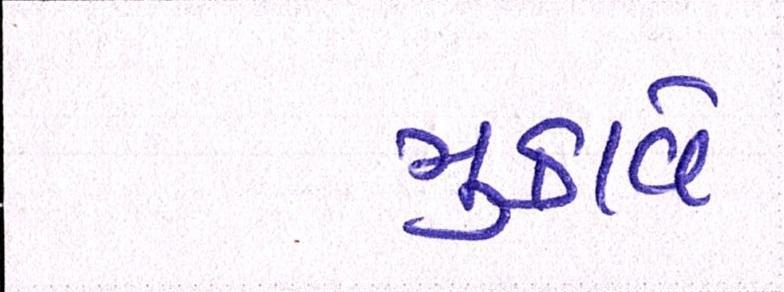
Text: મુકાવે